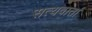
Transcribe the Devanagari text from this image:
सत्यवार्ता